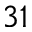
^ { 3 1 }